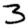
Digit: 3